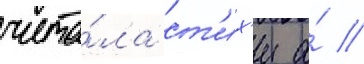
чита́ла ст'их'и а́ //